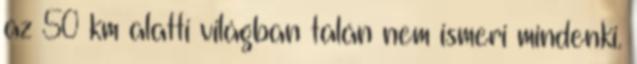
az 50 km alatti világban talán nem ismeri mindenki.